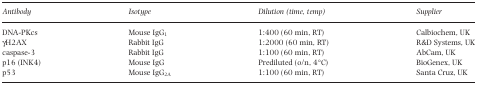
<table><thead><tr><td><b>Antibody</b></td><td><b>Isotype</b></td><td><b>Dilution (time, temp)</b></td><td><b>Supplier</b></td></tr></thead><tbody><tr><td>DNA‐PKcs</td><td>Mouse IgG<sub>1</sub></td><td>1:400 (60 min, RT)</td><td>Calbiochem, UK</td></tr><tr><td>γH2AX</td><td>Rabbit IgG</td><td>1:2000 (60 min, RT)</td><td>R&amp;D Systems, UK</td></tr><tr><td>caspase‐3</td><td>Rabbit IgG</td><td>1:100 (60 min, RT)</td><td>AbCam, UK</td></tr><tr><td>p16 (INK4)</td><td>Mouse IgG</td><td>Prediluted (o/n, 4°C)</td><td>BioGenex, UK</td></tr><tr><td>p53</td><td>Mouse IgG<sub>2A</sub></td><td>1:100 (60 min, RT)</td><td>Santa Cruz, UK</td></tr></tbody></table>